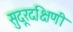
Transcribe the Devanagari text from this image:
सुदूरदक्षिणी